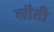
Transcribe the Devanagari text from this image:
लौती